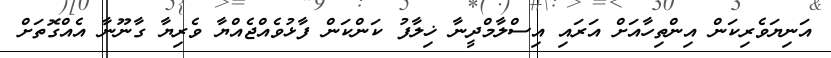
އަނިޔަވެރިކަން އިންތިހާއަށް އަރައި އިސްލާމްދީނާ ޚިލާފު ކަންކަން ފާޅުވެއްޖެއްޔާ ވެރިޔާ ގާނޫނާ އެއްގޮތަށް